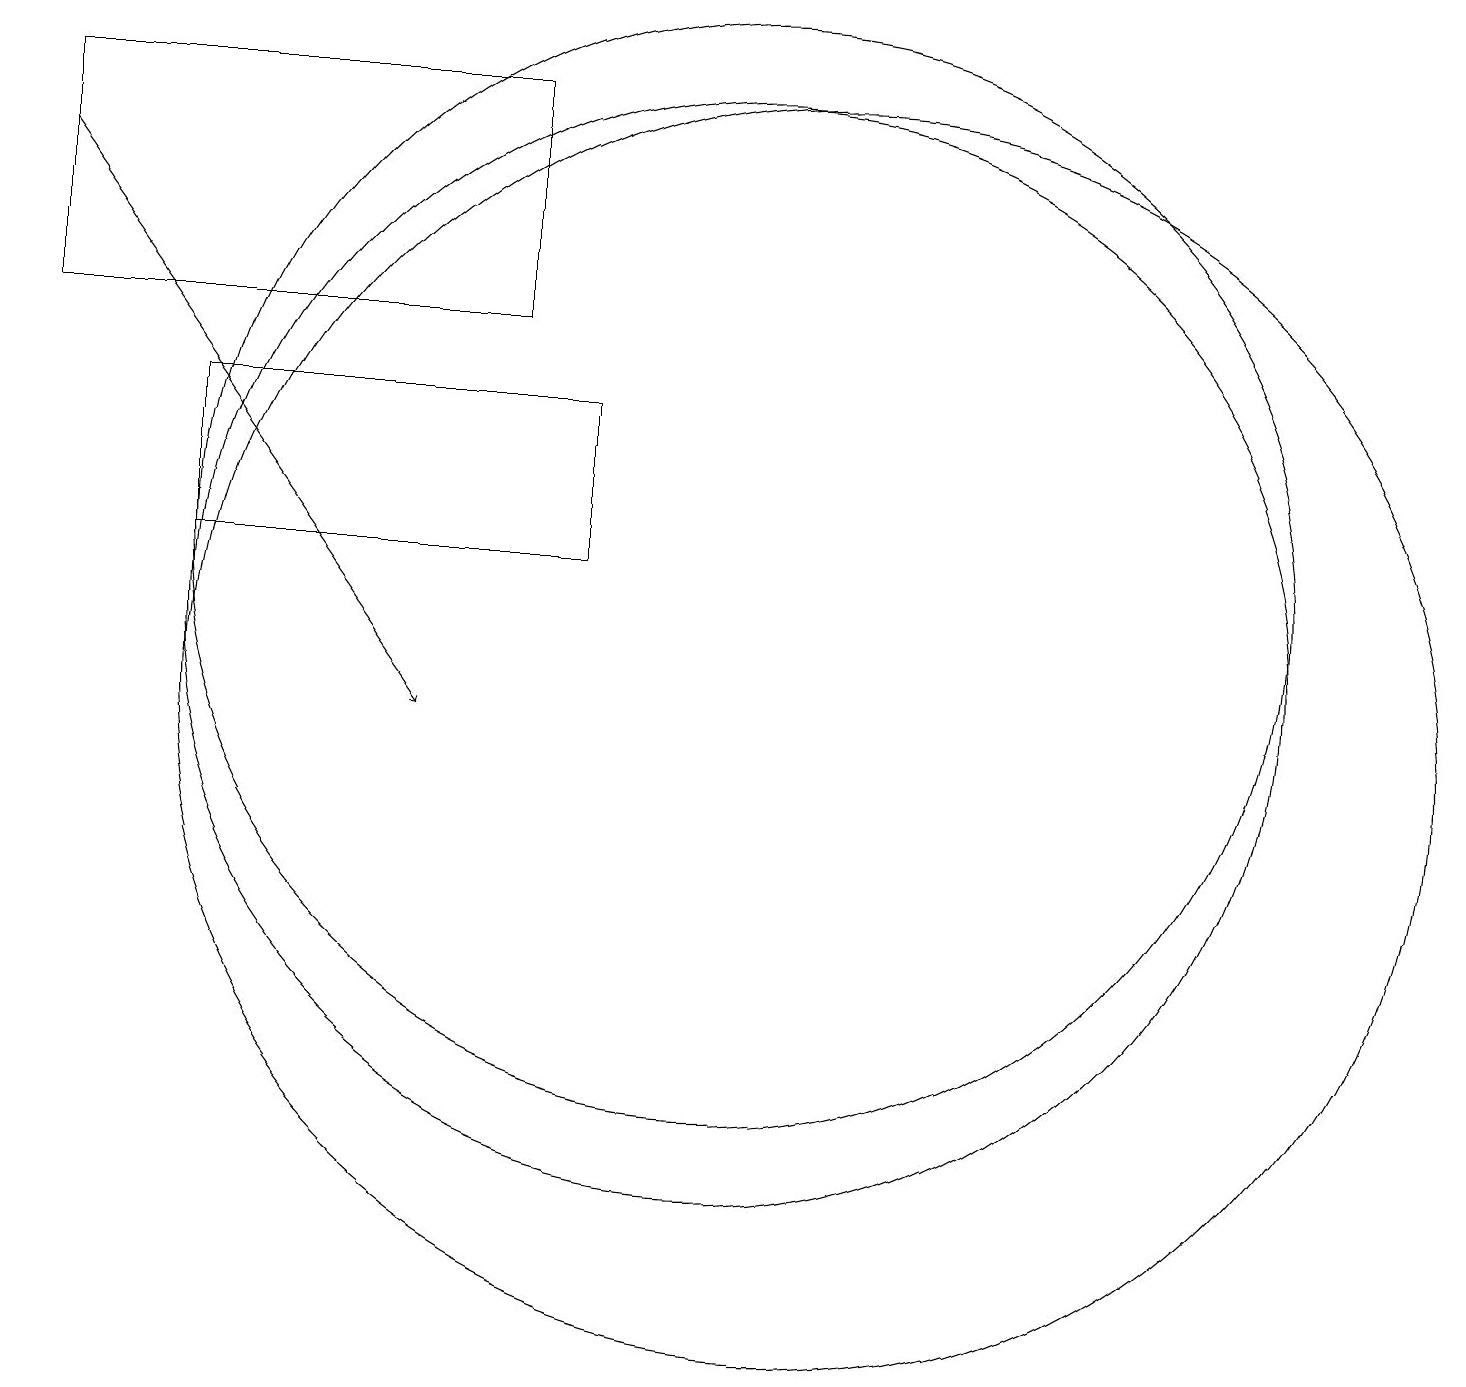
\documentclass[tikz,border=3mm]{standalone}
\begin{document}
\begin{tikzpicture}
\draw[->] (1,17) -- (6,10);
\draw (11,10) circle (8);
\draw (10,12) circle (7);
\draw (1,15) rectangle (7,18);
\draw (8,14) rectangle (3,12);
\draw (10,11) circle (7);
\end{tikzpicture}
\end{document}